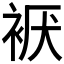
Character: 𰳹